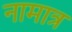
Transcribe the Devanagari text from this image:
नामात्र